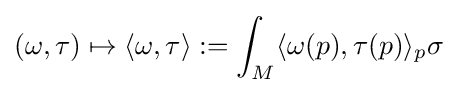
(\omega ,\tau )\mapsto \langle \omega ,\tau \rangle :=\int _{M}\langle \omega (p),\tau (p)\rangle _{p}\sigma